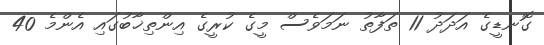
ގޮނޑީގެ އަދަދު 11 ތަފާތު ނަމަވެސް މީގެ ކުރީގެ އިންތިޚާބުގައި އެންމެ 40